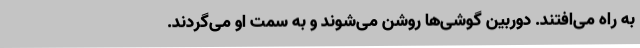
به راه می‌افتند. دوربین گوشی‌ها روشن می‌شوند و به سمت او می‌گردند.